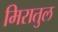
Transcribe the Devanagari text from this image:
मिरातुल